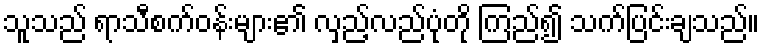
သူသည် ရာသီစက်ဝန်းများ၏ လှည့်လည်ပုံတို ကြည်၍ သက်ပြင်းချသည်။